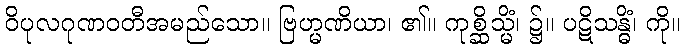
ဝိပုလဂုဏဝတီအမည်သော။ ဗြဟ္မဏိယာ၊ ၏။ ကုစ္ဆိသ္မိံ၊ ၌။ ပဋိသန္ဓိံ၊ ကို။